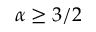
\alpha \ge 3 / 2